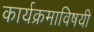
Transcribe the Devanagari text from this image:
कार्यक्रमाविषयी